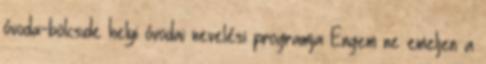
óvoda-bölcsıde helyi óvodai nevelési programja Engem ne emeljen a